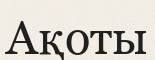
Ақоты